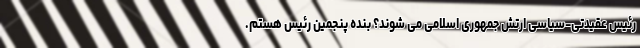
رئیس عقیدتی-سیاسی ارتش جمهوری اسلامی می شوند؟ بنده پنجمین رئیس هستم.